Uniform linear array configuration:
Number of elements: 24
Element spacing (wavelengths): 0.5
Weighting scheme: hann
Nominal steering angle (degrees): -30
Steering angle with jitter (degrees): -30.93
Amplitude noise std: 0.05
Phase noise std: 0.05

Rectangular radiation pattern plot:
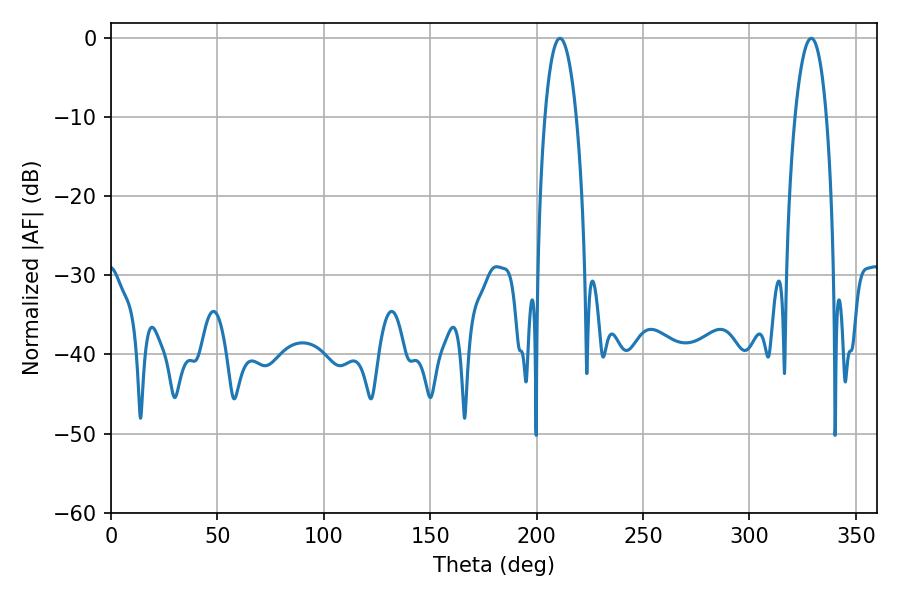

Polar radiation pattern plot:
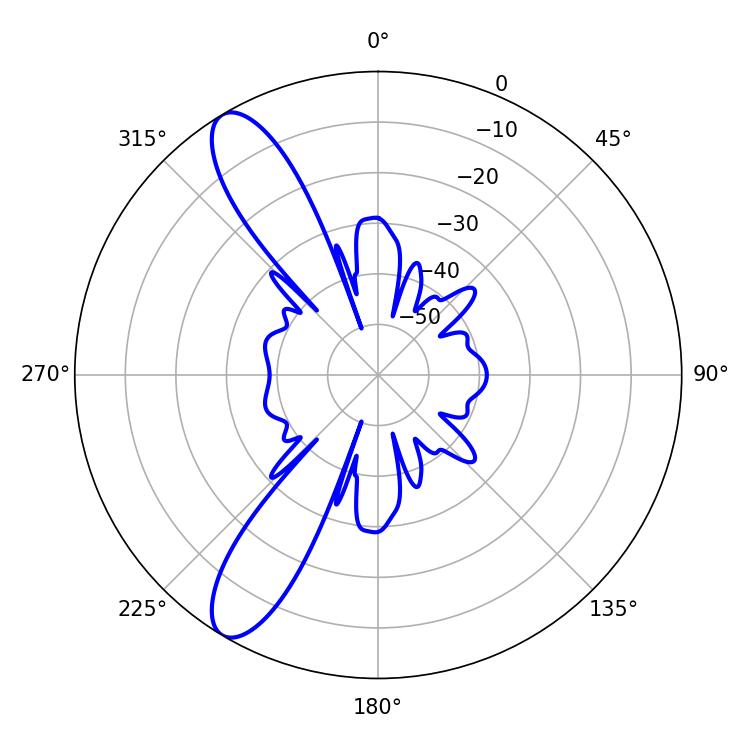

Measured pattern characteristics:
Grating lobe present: FALSE
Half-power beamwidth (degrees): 8.1
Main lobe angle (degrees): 210.96